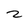
Character: z